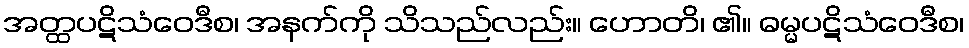
အတ္ထပဋိသံဝေဒီစ၊ အနက်ကို သိသည်လည်း။ ဟောတိ၊ ၏။ ဓမ္မပဋိသံဝေဒီစ၊